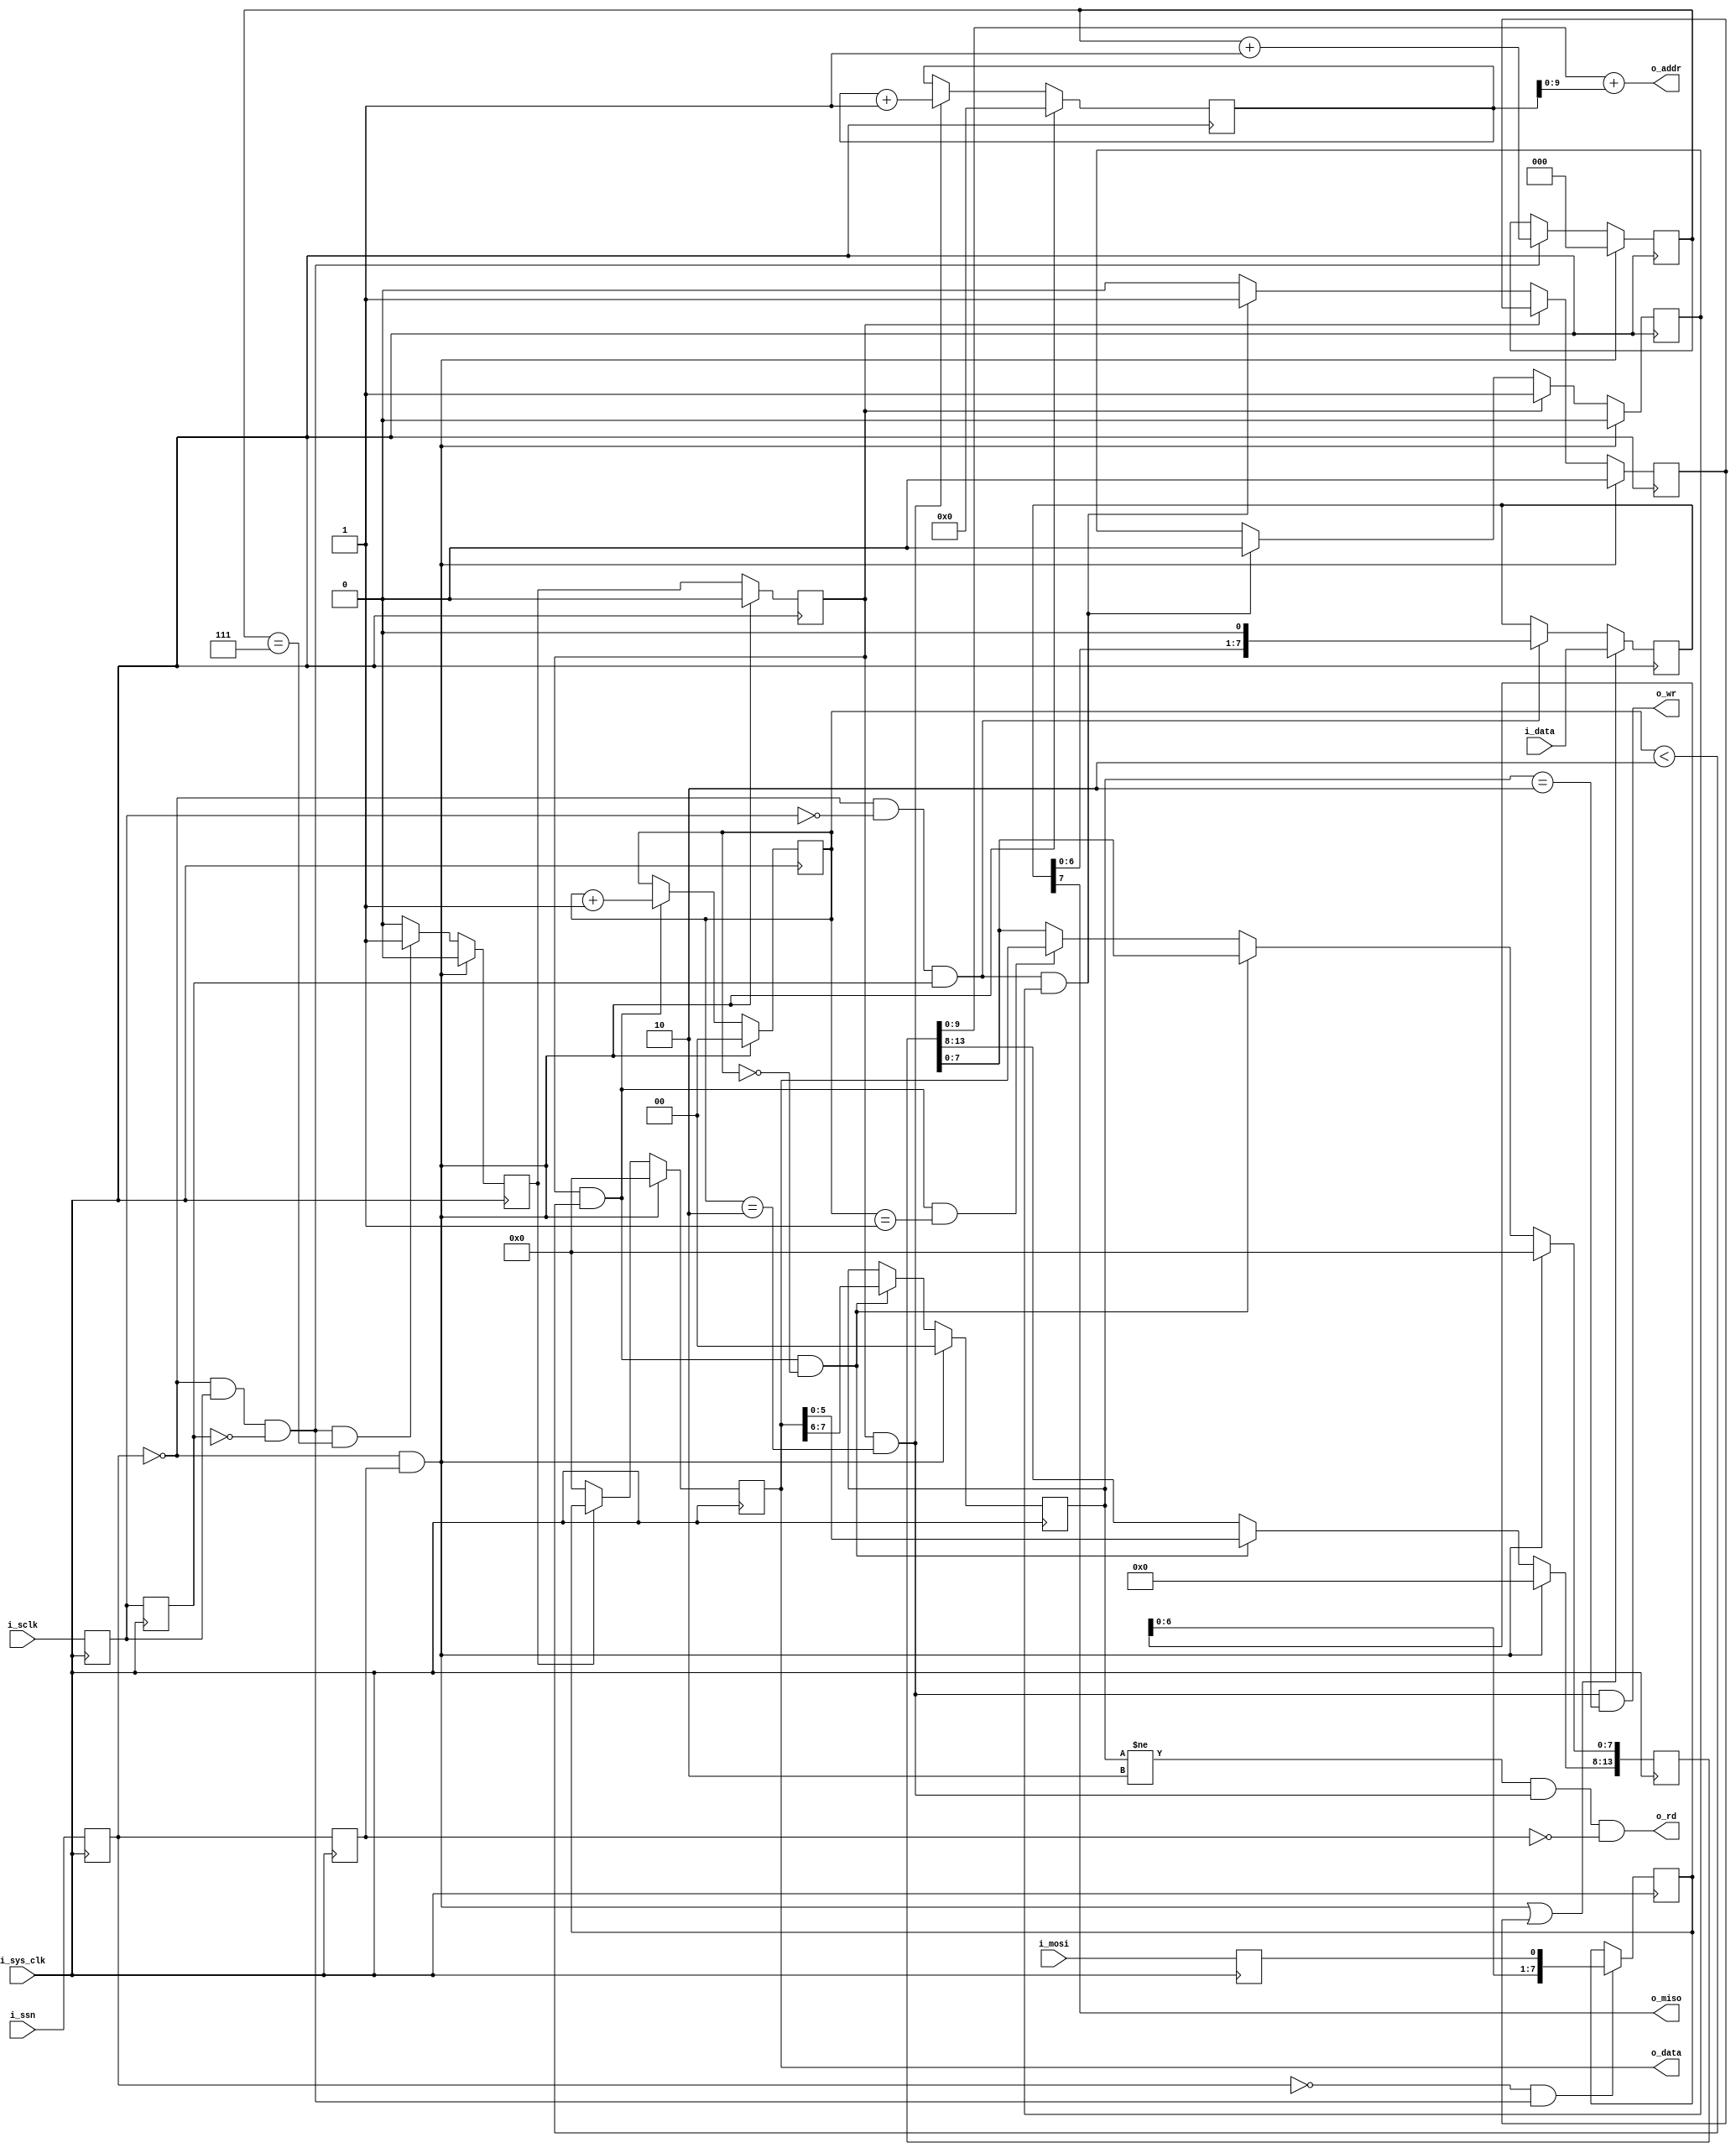
module SPI_Slave_top (
  input  i_sys_clk,  
  input  i_mosi,      
  input  i_ssn,       
  input  i_sclk,
  output o_miso,      
  input  [7:0]  i_data,
  output o_wr,
  output o_rd,
  output [7:0] o_data,
  output [9:0] o_addr
);

  parameter DATA_SIZE = 8;
  parameter WRITE_MODE = 0;
  parameter READ_MODE = 1;

  //Clock SPI signals, first to sync signal 
  reg i_sclk_d, i_ssn_d, i_mosi_d;
  reg i_sclk_dd, i_ssn_dd; 
  wire pe_sclk, ne_sclk, pe_ssn, ne_ssn;

  always @ (posedge i_sys_clk) 
  begin
    i_sclk_d <= i_sclk;
    i_ssn_d <= i_ssn;
    i_mosi_d <= i_mosi;
  end

  always @ (posedge i_sys_clk) 
  begin
    i_sclk_dd <= i_sclk_d;
    i_ssn_dd <= i_ssn_d;
  end

  assign pe_sclk = ~i_ssn_d & i_sclk_d & ~i_sclk_dd; //positive edge detection
  assign ne_sclk = ~i_ssn_d & ~i_sclk_d & i_sclk_dd; //negative edge detection
  assign pe_ssn = i_ssn_d & ~i_ssn_dd; //positive edge detection
  assign ne_ssn = ~i_ssn_d & i_ssn_dd; //negative edge detection    
   
  reg [7:0] mosi_shift_d;
 
  //shift regiser to get spi data 
  always @(posedge i_sys_clk) 
    if (!i_ssn_d && pe_sclk)
      mosi_shift_d <= { mosi_shift_d[6:0], i_mosi_d };

  reg [2:0] bit_cnt;

  //count spi bit per one cs cycle
  always @(posedge i_sys_clk) 
  begin 
    if (ne_ssn)
      bit_cnt <= 0;
    else if (pe_sclk)
      bit_cnt <= bit_cnt + 1;
  end 
  
  reg eof_byte;
  reg eof_byte_d,eof_byte_dd;
  reg [10:0] data_byte_cnt;//1024 bytes of data
  reg [1:0] serv_byte_cnt;//2 bytes of service info: address,mode

  //end of byte
  always @(posedge i_sys_clk) 
  begin 
    if (ne_ssn)
      eof_byte <=0;  
    else if (pe_sclk && bit_cnt==7)
      eof_byte <= 1'b1;
    else
      eof_byte <= 1'b0;
  end 

  always @(posedge i_sys_clk) 
  begin 
    if (ne_ssn)
      eof_byte_d <= 0;  
    else
      eof_byte_d <= eof_byte;
  end 

  always @(posedge i_sys_clk) 
  begin 
    if (ne_ssn)
      eof_byte_dd <= 0;  
    else
      eof_byte_dd <= eof_byte_d;
  end 

  //Count bytes within one CS
  wire data_en, read_en;
  wire service_data_en;
  always @(posedge i_sys_clk) 
  begin 
    if (ne_ssn)
      serv_byte_cnt <= 0;
    else if (service_data_en)
      serv_byte_cnt <= serv_byte_cnt + 1'b1;
  end

  //Count bytes within one CS
  always @(posedge i_sys_clk) 
  begin 
    if (ne_ssn)
      data_byte_cnt <= 0;
    else if (data_en)
      data_byte_cnt <= data_byte_cnt + 1'b1;
  end

  assign data_en = eof_byte_d && (serv_byte_cnt == 2); //should be one clock long, otherwise data_byte_cnt will overcount
  assign service_data_en = eof_byte_d && (serv_byte_cnt < 2); //should be one clock long, otherwise data_byte_cnt will overcount

  reg [7:0] data;
  reg [9:0] addr;
  always @(posedge i_sys_clk) 
  begin 
    if (ne_ssn) 
      data <= 0;
    else if (eof_byte)
      data <= mosi_shift_d;
    else
      data <= 0;
  end

  reg [13:0] spi_ram_addr;// come from uC
  reg [1:0] spi_mode;// come from uC
  reg data_en_d;

  always @(posedge i_sys_clk) 
  begin 
    if (ne_ssn) begin 
      spi_ram_addr <= 0;
      spi_mode <= 0;
    end else if (service_data_en && serv_byte_cnt == 0) begin
      spi_ram_addr[13:8] <= data[5:0];
      spi_mode <= data[7:6];
    end
    else if (service_data_en && serv_byte_cnt == 1) begin
      spi_ram_addr[7:0] <= data[7:0];
    end
  end    

  always @(spi_ram_addr or data_byte_cnt) 
  begin
    addr = spi_ram_addr + data_byte_cnt;
  end

  reg [7:0] miso_d;

  //mosi output
  always @(posedge i_sys_clk) 
  begin
    if (ne_ssn || data_en_neg)
      miso_d <= i_data;
    else if (ne_sclk)
      miso_d <= { miso_d[6:0], 1'b0 };
  end

  reg [2:0] ne_bit_cnt;
  reg data_en_hold, data_en_neg, service_data_en_d;

  always @(posedge i_sys_clk)
    service_data_en_d <= service_data_en;

  always @(posedge i_sys_clk)
  begin
    if (ne_ssn)
    begin
      data_en_hold <= 1'b0;
      data_en_neg <= 1'b0;
    end
    else if (eof_byte_d)
      data_en_hold <= 1'b1;
    else if (ne_sclk && data_en_hold)
    begin
      data_en_hold <= 1'b0;
      data_en_neg <= 1'b1;
    end
    else begin
      data_en_neg <= 1'b0;
    end

  end

  wire wr_en;
  assign wr_en = data_en && (spi_mode == 2'b10);
  assign o_data = data;
  //assign o_data[7:0] = mosi_shift_d & {8{wr_en}};
  assign o_wr = wr_en;
  assign o_rd = (spi_mode != 2'b10) && data_en && ~i_ssn_dd; //~wr_en & ~ne_ssn;
  assign o_addr = addr;
  assign o_miso = miso_d[7];

endmodule